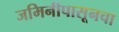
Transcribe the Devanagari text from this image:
जमिनीपासूनचा